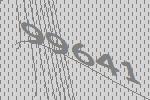
99641